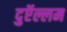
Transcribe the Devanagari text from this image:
दुऍल्लम